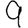
Digit: 9